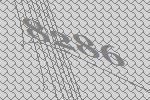
8286